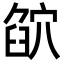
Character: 𥦶